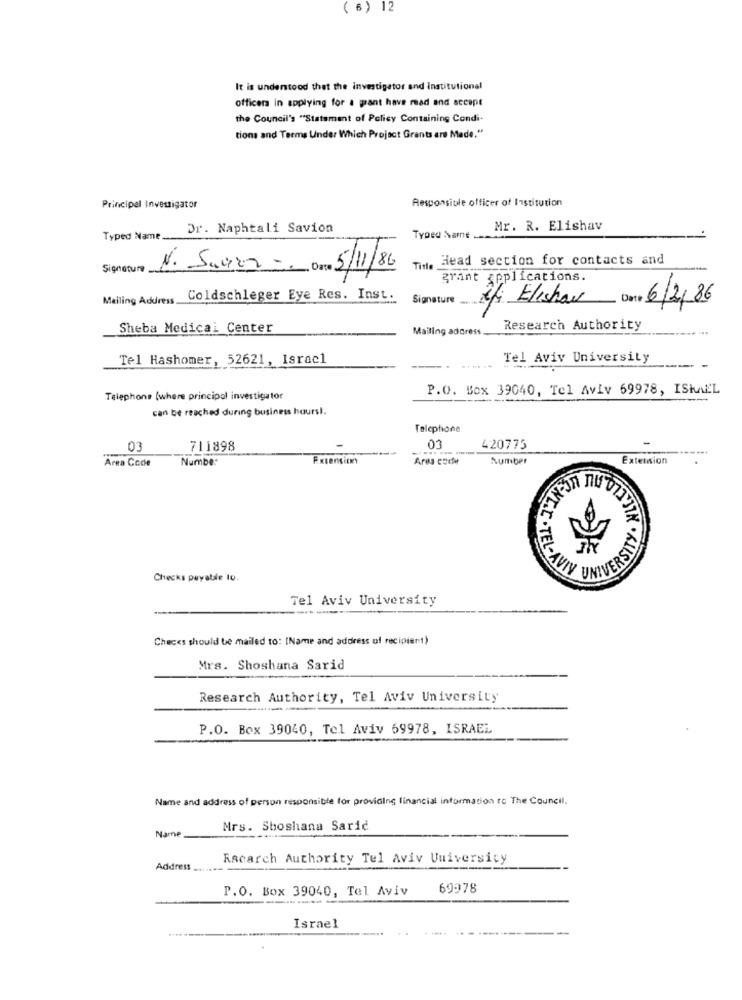
( 6 ) 12
It is understood that the investigator and Institutional
officers in applying for a grant have read and accept
the Council's "Statement of Policy Containing Condi-
tions and Terms Under Which Project Grants are Made."
Responsible officer of Institution
Principal Investigator
Dr. Naphtali Savion
Mr. R. Elishav
Typed Name
Typed Name ---
Time Head section for contacts and
Signature
N. Samma = Dare 5/11/86
grant applications.
Mailing Address.
Coldschleger Eye Res. Inst.
Signature
efi Elishav
6/2/86
Sheba Medical Center
Mailing address.
Research Authority
....
Tel Hashomer, 52621, Israc1
Tel Aviv University
.. .....
P.O. Box 39040, Tel Aviv 69978, ISHALL
Telephone (where principal investigator
can be reached during business hours !.
Telephone
03
711898
03
420775
Area Code
Numbe
Extension
Ares eoder
Number
Extension
UNIVERSITY
Checks puyabile 10.
AVIV
Tel Aviv University
Checes should be mailed to: [Name and address of recipient)
Mrs. Shoshana Sarid
Research Authority, Tel Aviv University
P.O. Box 39040, Tel Aviv 69978, ISRAEL
Name and address of person responsible for providing financial information to The Council.
Name
Mrs. Shoshana Saric
Rsearch Authority Tel Aviv University
Address
P.O. Box 39040, Tel Aviv
69978
Israel